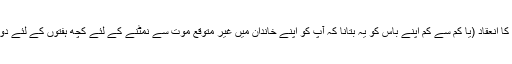
جو لوگ عام طور پر غمگین ہیں وہ کام کرنا جاری رکھ سکتے ہیں ، جیسے ملازمت کا انعقاد (یا کم سے کم اپنے باس کو یہ بتانا کہ آپ کو اپنے خاندان میں غیر متوقع موت سے نمٹنے کے لئے کچھ ہفتوں کے لئے دور رہنا پڑ سکتا ہے) اور انتظامات کرنا (جیسے رکھنا ایک ساتھ جنازے کے جلوس)۔